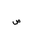
Letter: _sad